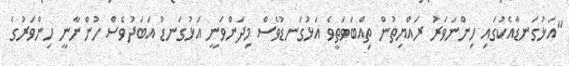
"އަޅުގަނޑާއެކުގައި ހިންނަވަރު ރައްޔިތުން ތިއްބަވަތީވެ އަޅުގަނޑުވެސް މިދަންވަނީ އަޅުގަނޑު އަބަދުވެސް ހުންނާނީ ހިންވަރުގެ